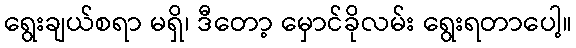
ရွေးချယ်စရာ မရှိ၊ ဒီတော့ မှောင်ခိုလမ်း ရွေးရတာပေါ့။